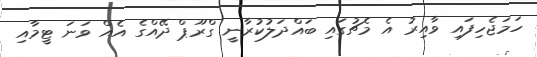
ހަމަޖެހިފައި ވާއިރު އެ މެޗުގައި ބައްދަލުކުރާނީ ގްރޫޕް ދޭއްގެ އެއް ވަނަ ޓީމާއި